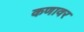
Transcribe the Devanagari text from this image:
कणावर